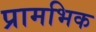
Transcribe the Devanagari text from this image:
प्रामभिक